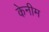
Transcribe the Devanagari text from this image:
केनीम